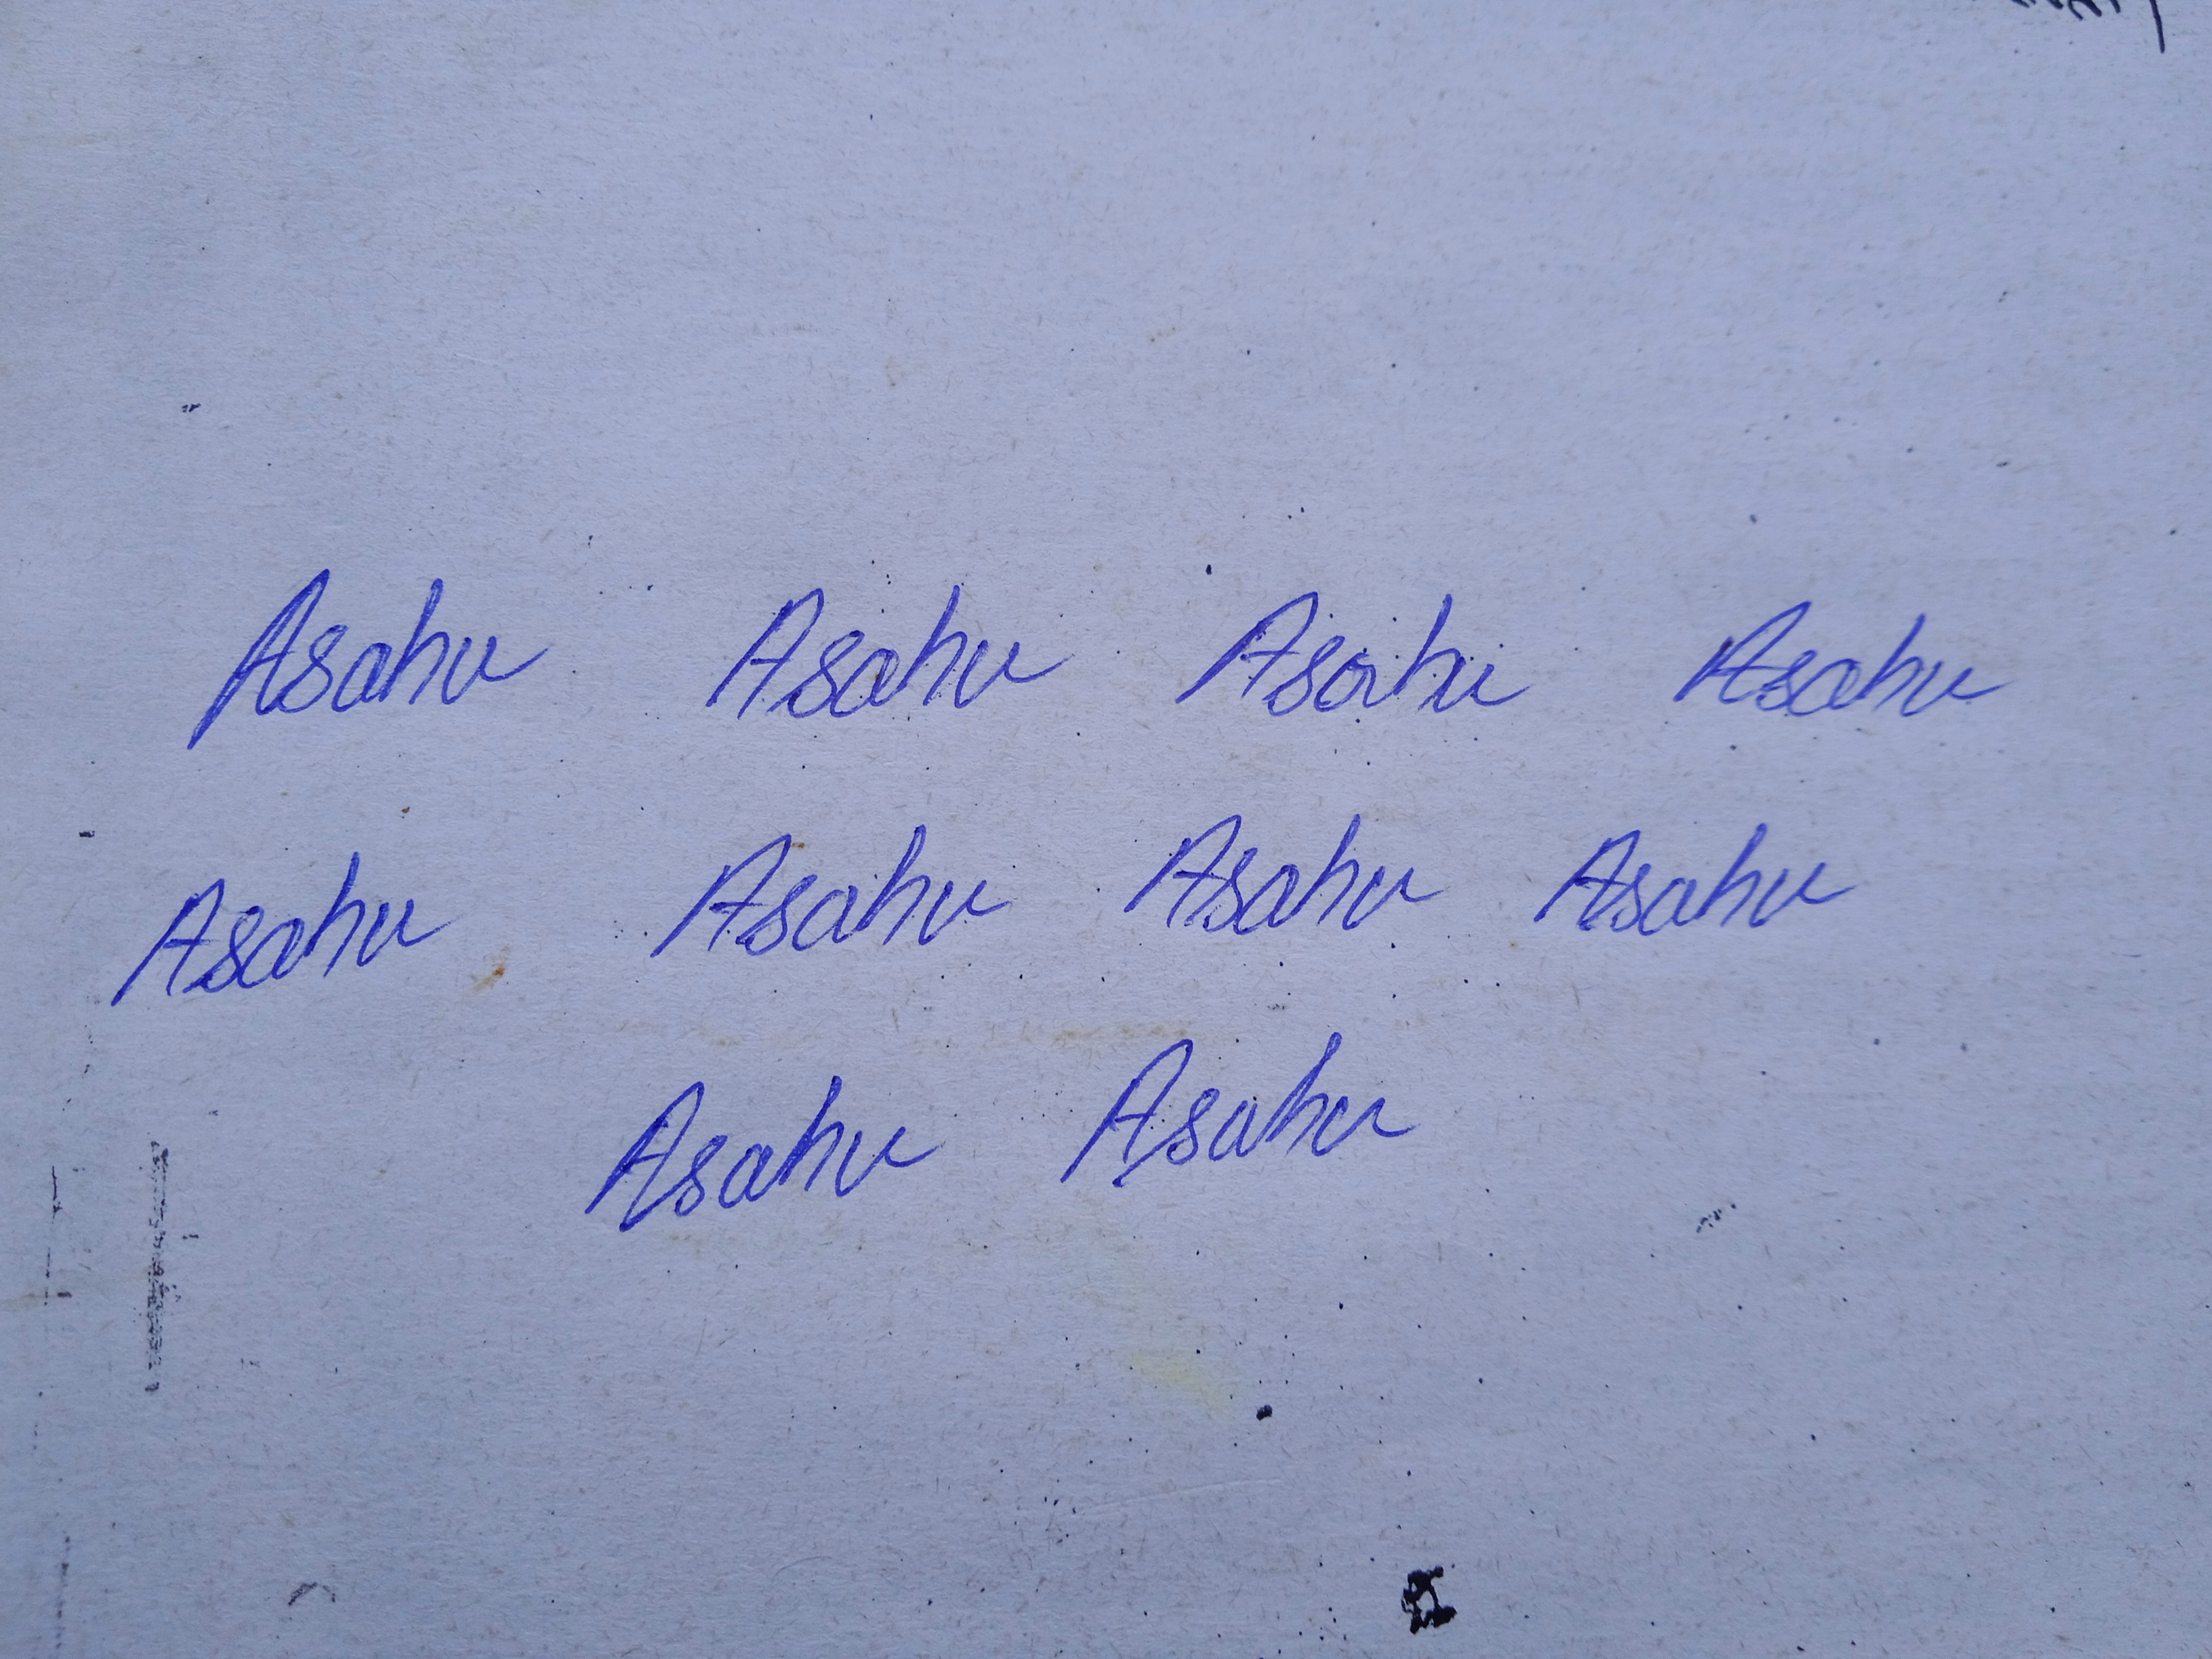
Signature authenticity: genuine